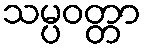
သမ္ပဝတ္တာ